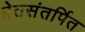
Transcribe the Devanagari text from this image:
प्रेतसंतर्पित